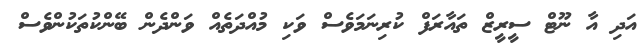
އަދި އާ ނޫޓް ސީރީޒް ތައާރަފް ކުރިނަމަވެސް ވަކި މުއްދަތެއް ވަންދެން ބޭންކުތަކުންވެސް